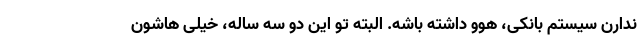
ندارن سیستم بانکی، هوو داشته باشه. البته تو این دو سه ساله، خیلی هاشون